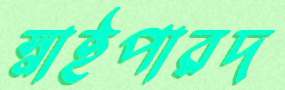
স্নাইপারদ